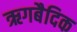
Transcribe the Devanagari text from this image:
ऋगबैदिक